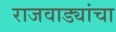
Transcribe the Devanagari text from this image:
राजवाड्यांचा